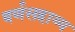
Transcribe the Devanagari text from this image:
वर्णसहाय्य